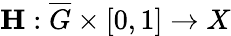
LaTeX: \mathbf{H}:\overline{{G}}\times[0,1]\to X